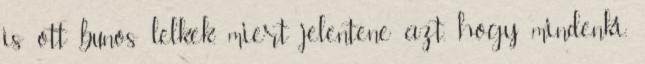
is ott bunos lelkek, miert jelentene azt, hogy mindenki,